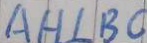
A H \bot B C